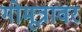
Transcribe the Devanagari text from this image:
गोमूत्रावर